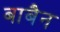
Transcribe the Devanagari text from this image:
बाबैन